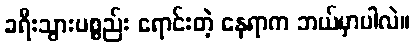
ခရီးသွားပစ္စည်း ရောင်းတဲ့ နေရာက ဘယ်မှာပါလဲ။